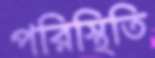
পরিস্থিতি